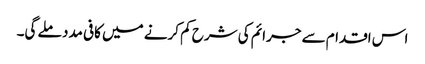
اس اقدام سے جرائم کی شرح کم کرنے میں کافی مدد ملے گی۔